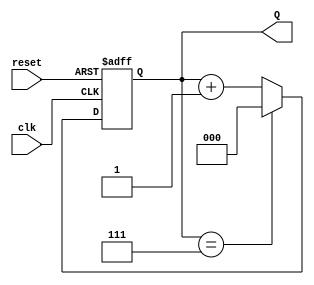
module binary_up_counter #(parameter N = 3) (
    input wire clk,       // Clock input
    input wire reset,     // Asynchronous reset
    output reg [N-1:0] Q // N-bit count output
);

    // Asynchronous reset and synchronous count increment
    always @(posedge clk or posedge reset) begin
        if (reset) begin
            Q <= 0; // Reset the count to 0
        end else begin
            if (Q == (2**N - 1)) begin
                Q <= 0; // Roll over to 0 when maximum count is reached
            end else begin
                Q <= Q + 1; // Increment the counter
            end
        end
    end

endmodule